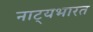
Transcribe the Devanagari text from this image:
नाट्यभारत